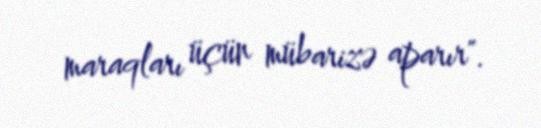
maraqları üçün mübarizə aparır".